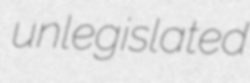
unlegislated